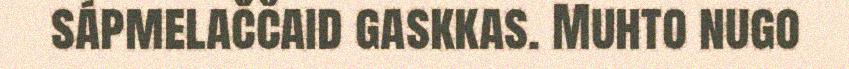
sápmelaččaid gaskkas. Muhto nugo